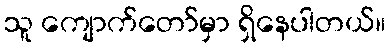
သူ ကျောက်တော်မှာ ရှိနေပါတယ်။